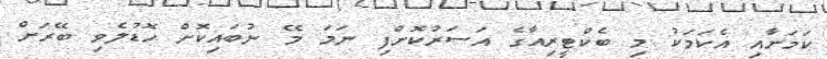
ކަމަށާއި އެކަމަކު މި ބެކްޓީރިއާގެ އަސަރުކޮށްފި ނަމަ މޭ ނުބައިކޮށް ހޮޑުލެވި ބޭރަށް